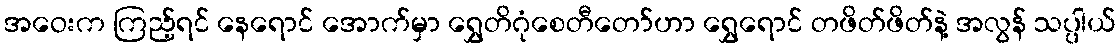
အဝေးက ကြည့်ရင် နေရောင် အောက်မှာ ရွှေတိဂုံစေတီတော်ဟာ ရွှေရောင် တဖိတ်ဖိတ်နဲ့ အလွန် သပ္ပါယ်